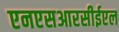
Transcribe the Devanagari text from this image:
एनएसआरसीईएल